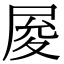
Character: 𡱥